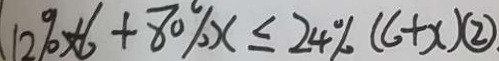
1 2 \% + 8 0 \% x \leq 2 4 \% ( 6 + x ) \textcircled { 2 }